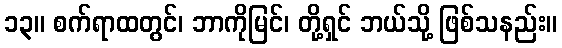
၁၃။ စက်ရာထတွင်၊ ဘာကိုမြင်၊ တို့ရှင် ဘယ်သို့ ဖြစ်သနည်း။